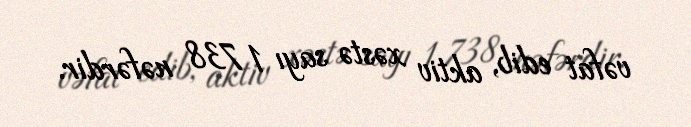
vəfat edib, aktiv xəstə sayı 1 738 nəfərdir.